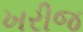
ખરીજ